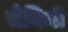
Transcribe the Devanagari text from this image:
चेयिनी